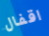
اقفال